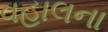
વહાલના